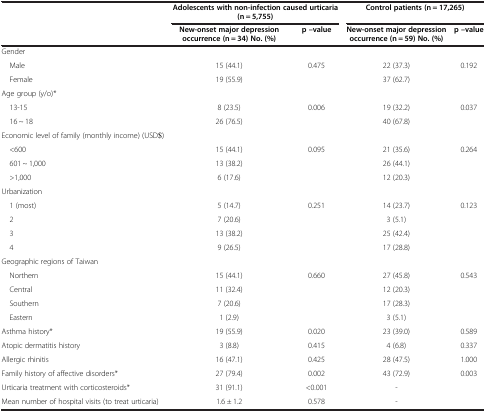
<table><thead><tr><td><b> </b></td><td colspan="2"><b>Adolescents with non-infection caused urticaria (n = 5,755)</b></td><td colspan="2"><b>Control patients (n = 17,265)</b></td></tr><tr><td><b> </b></td><td><b>New-onset major depression occurrence (n = 34) No. (%)</b></td><td><b>p –value</b></td><td><b>New-onset major depression occurrence (n = 59) No. (%)</b></td><td><b>p –value</b></td></tr></thead><tbody><tr><td>Gender</td><td> </td><td> </td><td> </td><td> </td></tr><tr><td> Male</td><td>15 (44.1)</td><td>0.475</td><td>22 (37.3)</td><td>0.192</td></tr><tr><td> Female</td><td>19 (55.9)</td><td> </td><td>37 (62.7)</td><td> </td></tr><tr><td>Age group (y/o)*</td><td> </td><td> </td><td> </td><td> </td></tr><tr><td> 13-15</td><td>8 (23.5)</td><td>0.006</td><td>19 (32.2)</td><td>0.037</td></tr><tr><td> 16 ~ 18</td><td>26 (76.5)</td><td> </td><td>40 (67.8)</td><td> </td></tr><tr><td>Economic level of family (monthly income) (USD$)</td><td> </td><td> </td><td> </td><td> </td></tr><tr><td> &lt;600</td><td>15 (44.1)</td><td>0.095</td><td>21 (35.6)</td><td>0.264</td></tr><tr><td> 601 ~ 1,000</td><td>13 (38.2)</td><td> </td><td>26 (44.1)</td><td> </td></tr><tr><td> &gt;1,000</td><td>6 (17.6)</td><td> </td><td>12 (20.3)</td><td> </td></tr><tr><td>Urbanization</td><td> </td><td> </td><td> </td><td> </td></tr><tr><td> 1 (most)</td><td>5 (14.7)</td><td>0.251</td><td>14 (23.7)</td><td>0.123</td></tr><tr><td> 2</td><td>7 (20.6)</td><td> </td><td>3 (5.1)</td><td> </td></tr><tr><td> 3</td><td>13 (38.2)</td><td> </td><td>25 (42.4)</td><td> </td></tr><tr><td> 4</td><td>9 (26.5)</td><td> </td><td>17 (28.8)</td><td> </td></tr><tr><td>Geographic regions of Taiwan</td><td> </td><td> </td><td> </td><td> </td></tr><tr><td> Northern</td><td>15 (44.1)</td><td>0.660</td><td>27 (45.8)</td><td>0.543</td></tr><tr><td> Central</td><td>11 (32.4)</td><td> </td><td>12 (20.3)</td><td> </td></tr><tr><td> Southern</td><td>7 (20.6)</td><td> </td><td>17 (28.3)</td><td> </td></tr><tr><td> Eastern</td><td>1 (2.9)</td><td> </td><td>3 (5.1)</td><td> </td></tr><tr><td>Asthma history*</td><td>19 (55.9)</td><td>0.020</td><td>23 (39.0)</td><td>0.589</td></tr><tr><td>Atopic dermatitis history</td><td>3 (8.8)</td><td>0.415</td><td>4 (6.8)</td><td>0.337</td></tr><tr><td>Allergic rhinitis</td><td>16 (47.1)</td><td>0.425</td><td>28 (47.5)</td><td>1.000</td></tr><tr><td>Family history of affective disorders*</td><td>27 (79.4)</td><td>0.002</td><td>43 (72.9)</td><td>0.003</td></tr><tr><td>Urticaria treatment with corticosteroids*</td><td>31 (91.1)</td><td>&lt;0.001</td><td>-</td><td> </td></tr><tr><td>Mean number of hospital visits (to treat urticaria)</td><td>1.6 ± 1.2</td><td>0.578</td><td>-</td><td> </td></tr></tbody></table>